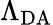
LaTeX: \Lambda_{\mathrm{DA}}